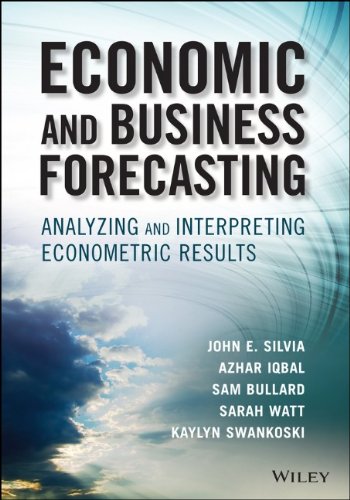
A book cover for Economic and Business Forecasting: Analyzing and Interpreting Econometric Results (Wiley and SAS Business Series); John Silvia; Business & Money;